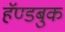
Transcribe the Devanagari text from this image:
हॅण्डबुक